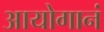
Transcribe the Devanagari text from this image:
आयोगानं